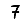
Digit: 7